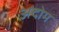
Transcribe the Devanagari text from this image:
अदोम